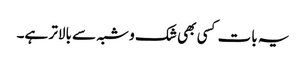
یہ بات کسی بھی شک و شبہ سے بالاتر ہے۔